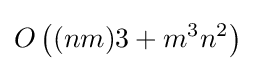
O\left((nm)3+m^{3}n^{2}\right)